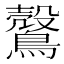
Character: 𪅏